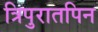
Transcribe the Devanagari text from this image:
त्रिपुरातपिन